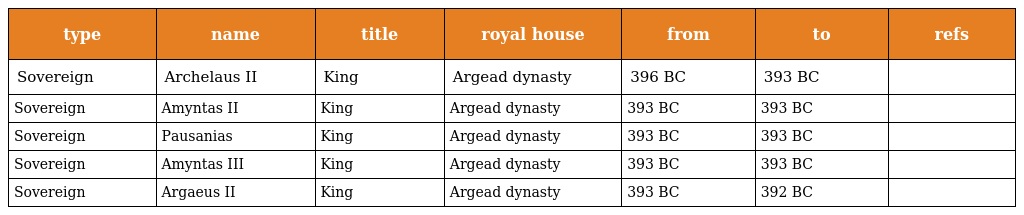
| type | name | title | royal house | from | to | refs |
 | --- | --- | --- | --- | --- | --- | --- |
 | Sovereign | Archelaus II | King | Argead dynasty | 396 BC | 393 BC |  |
 | Sovereign | Amyntas II | King | Argead dynasty | 393 BC | 393 BC |  |
 | Sovereign | Pausanias | King | Argead dynasty | 393 BC | 393 BC |  |
 | Sovereign | Amyntas III | King | Argead dynasty | 393 BC | 393 BC |  |
 | Sovereign | Argaeus II | King | Argead dynasty | 393 BC | 392 BC |  |